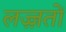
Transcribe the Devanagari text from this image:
लज़्ज़तों